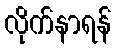
လိုက်နာရန်